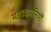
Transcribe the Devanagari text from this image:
महाधमनियों